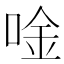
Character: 唫